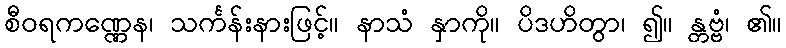
စီဝရကဏ္ဏေန၊ သင်္ကန်းနားဖြင့်။ နာသံ နှာကို။ ပိဒဟိတွာ၊ ၍။ န္တဗ္ဗံ၊ ၏။